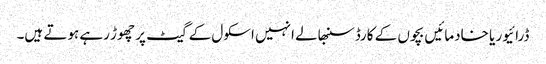
ڈرائیور یا خادمائیں بچوں کے کارڈ سنبھالے انہیں اسکول کے گیٹ پر چھوڑ رہے ہوتے ہیں۔